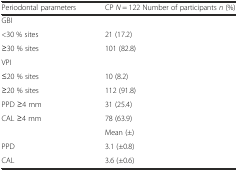
<table><thead><tr><td><b>Periodontal parameters</b></td><td><b>CP <i>N</i> = 122 Number of participants <i>n</i> (%)</b></td></tr></thead><tbody><tr><td colspan="2">GBI</td></tr><tr><td>&lt;30 % sites</td><td>21 (17.2)</td></tr><tr><td>≥30 % sites</td><td>101 (82.8)</td></tr><tr><td colspan="2">VPI</td></tr><tr><td>≤20 % sites</td><td>10 (8.2)</td></tr><tr><td>≥20 % sites</td><td>112 (91.8)</td></tr><tr><td>PPD ≥4 mm</td><td>31 (25.4)</td></tr><tr><td>CAL ≥4 mm</td><td>78 (63.9)</td></tr><tr><td></td><td>Mean (±)</td></tr><tr><td>PPD</td><td>3.1 (±0.8)</td></tr><tr><td>CAL</td><td>3.6 (±0.6)</td></tr></tbody></table>